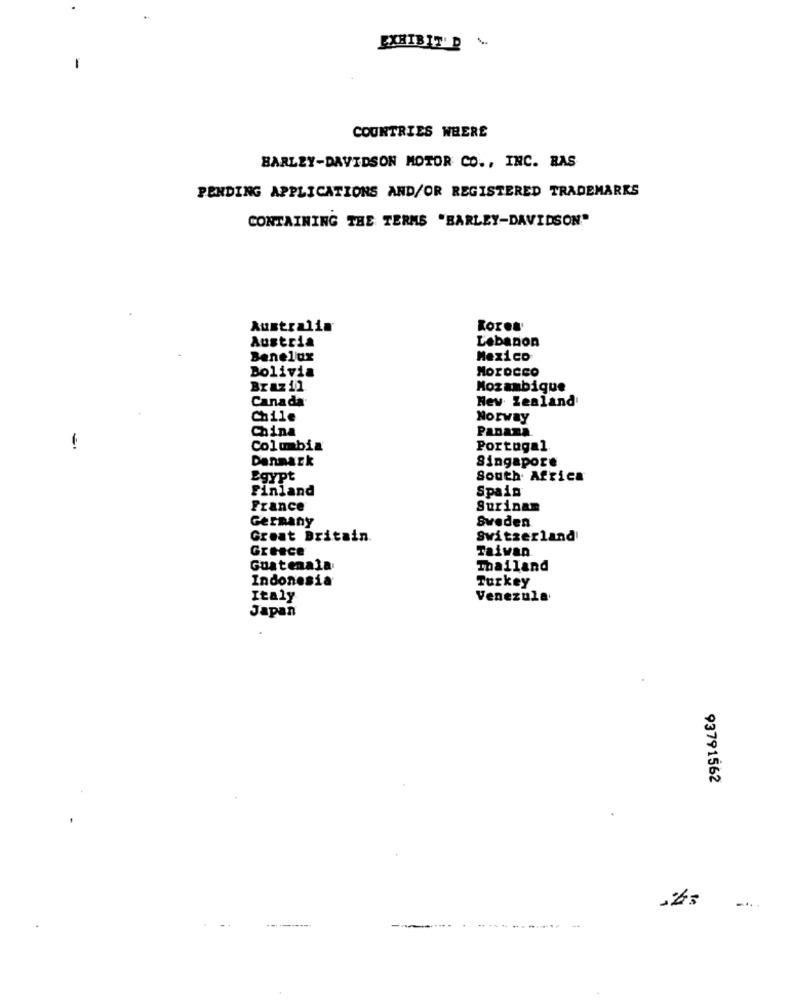
EXHIBIT' D ...
COUNTRIES WHERE
BARLEY-DAVIDSON MOTOR CO ., INC. RAS
PENDING APPLICATIONS AND/OR REGISTERED TRADEMARKS
CONTAINING THE TERMS "BARLEY-DAVIDSON"
Australia
Kores
Austria
Lebanon
Benelux
Mexico
Bolivia
Morocco
Brazil
Mozambique
Canada
Mev Zealand
Chile
Norway
China
Panana.
Columbia
Portugal
Danmark
Singapore
Egypt
South Africa
Finland
Spain
France
Surinam
Germany
Sweden
Great Britain.
Switzerland
Greece
Taivan
Guatemala
Thailand
Indonesia
Turkey
Italy
Venezula
Japan
93791562
--